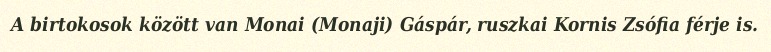
A birtokosok között van Monai (Monaji) Gáspár, ruszkai Kornis Zsófia férje is.